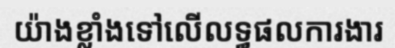
យ៉ាងខ្លាំងទៅលើលទ្ធផលការងារ